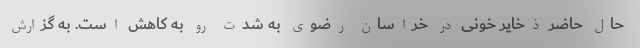
حال حاضر ذخایر خونی در خراسان رضوی به شدت رو به کاهش است. به گزارش